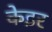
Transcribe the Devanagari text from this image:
केइर